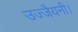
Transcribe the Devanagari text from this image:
उज्जैयनी।